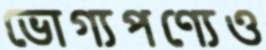
ভোগ্যপণ্যেও